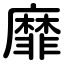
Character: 靡